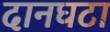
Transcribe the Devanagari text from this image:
दानघटा